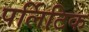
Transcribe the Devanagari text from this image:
पर्लिटिक